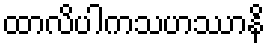
ထာလိပါကသဟဿာနိ